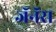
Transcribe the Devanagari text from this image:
जॅनॅरा